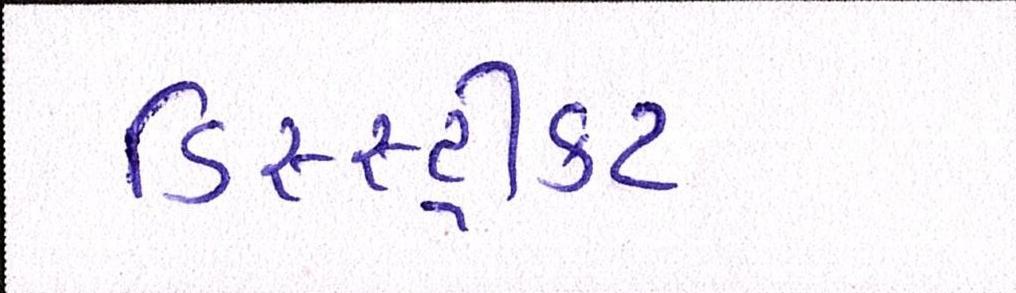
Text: ડિસ્સ્ટ્રીક્ટ